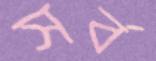
সর্ব